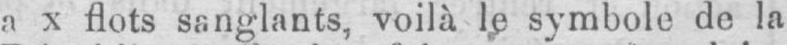
a x flots sanglants, voilà le symbole de la